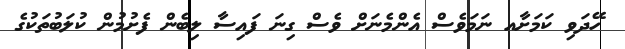
ހޭދަވި ކަމަށާއ ނަމަވެސް އެންމެނަށް ވެސް ގިނަ ފައިސާ ލިބެން ފެށުމުން ކުލަބުތަކުގެ